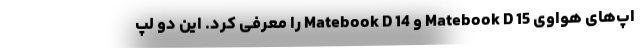
اپ‌های هواوی Matebook D 15 و Matebook D 14 را معرفی کرد. این دو لپ